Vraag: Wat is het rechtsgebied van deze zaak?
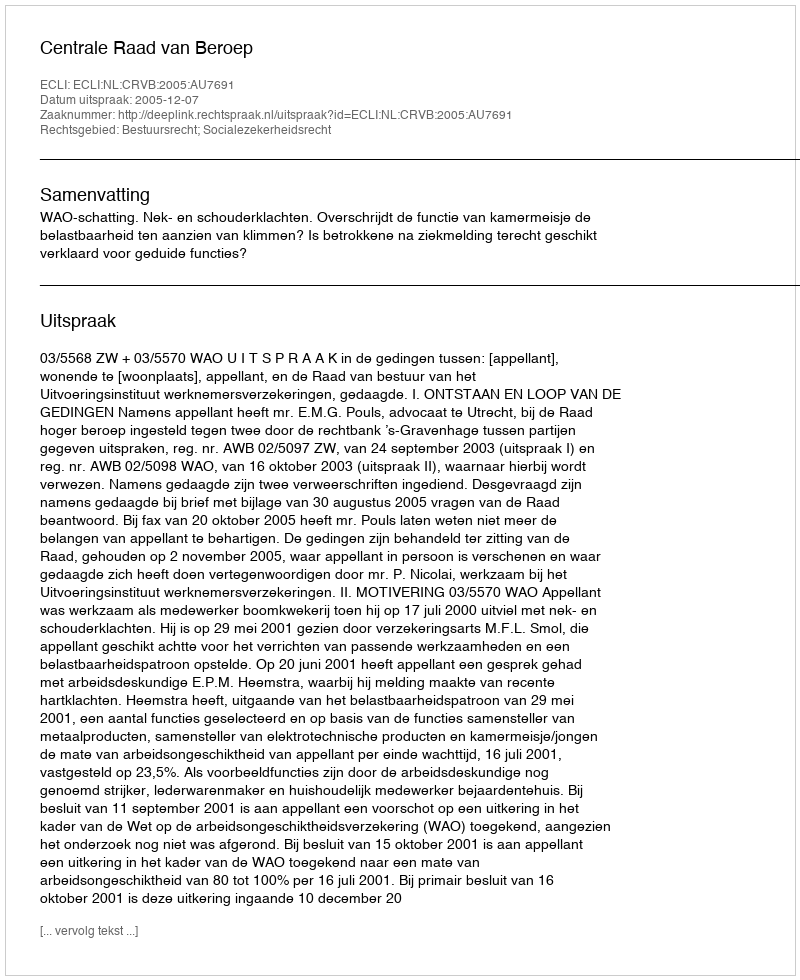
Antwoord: Bestuursrecht; Socialezekerheidsrecht